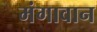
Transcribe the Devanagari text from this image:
मंगावान